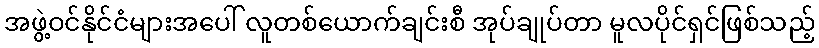
အဖွဲ့ဝင်နိုင်ငံများအပေါ် လူတစ်ယောက်ချင်းစီ အုပ်ချုပ်တာ မူလပိုင်ရှင်ဖြစ်သည့်